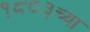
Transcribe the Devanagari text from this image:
१८०३च्या